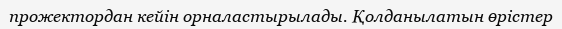
прожектордан кейін орналастырылады. Қолданылатын өрістер